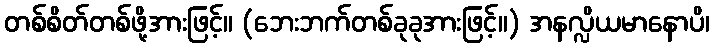
တစ်စိတ်တစ်ဖို့အားဖြင့်။ (ဘေးဘက်တစ်ခုခုအားဖြင့်။) အနလ္လိယမာနောပိ၊